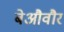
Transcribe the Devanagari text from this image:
बेऔवौर